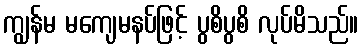
ကျွန်မ မကျေမနပ်ဖြင့် ပွစိပွစိ လုပ်မိသည်။